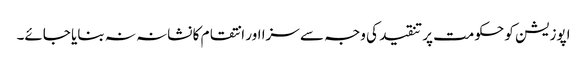
اپوزیشن کو حکومت پر تنقید کی وجہ سے سزا اور انتقام کا نشانہ نہ بنایا جائے۔